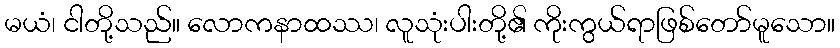
မယံ၊ ငါတို့သည်။ လောကနာထဿ၊ လူသုံးပါးတို့၏ ကိုးကွယ်ရာဖြစ်တော်မူသော။